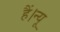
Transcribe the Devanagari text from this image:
हैं।न्यू